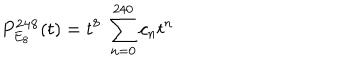
P _ { E _ { 8 } } ^ { \bf 2 4 8 } ( t ) = t ^ { 8 } \; \sum _ { n = 0 } ^ { 2 4 0 } c _ { n } t ^ { n }